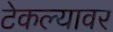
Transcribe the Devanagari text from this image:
टेकल्यावर